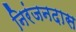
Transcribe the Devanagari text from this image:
निरंजनदास